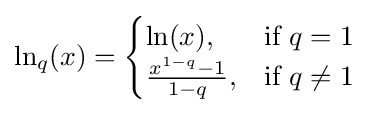
\ln _{q}(x)={\begin{cases}\ln(x),&{\text{if }}q=1\\{\frac {x^{1-q}-1}{1-q}},&{\text{if }}q\neq 1\end{cases}}